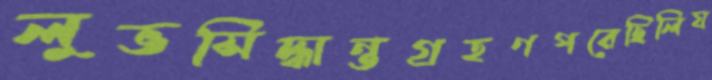
লুভসিদ্ধান্তগ্রহণপরেছিলিঘ